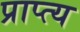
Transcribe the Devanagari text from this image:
प्राप्त्य